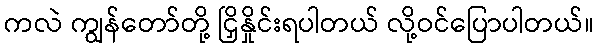
ကလဲ ကျွန်တော်တို့ ငြှိနှိုင်းရပါတယ် လို့ဝင်ပြောပါတယ်။